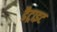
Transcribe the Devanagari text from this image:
डैट्राइट